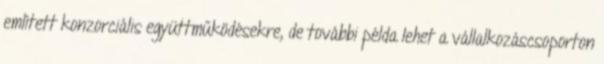
említett konzorciális együttműködésekre, de további példa lehet a vállalkozáscsoporton